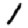
Digit: 1